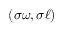
( \sigma \omega , \sigma \ell )